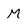
Character: M